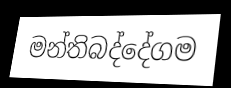
මන්තිබද්දේගම